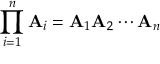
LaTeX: \prod _ { i = 1 } ^ { n } \mathbf { A } _ { i } = \mathbf { A } _ { 1 } \mathbf { A } _ { 2 } \cdots \mathbf { A } _ { n }